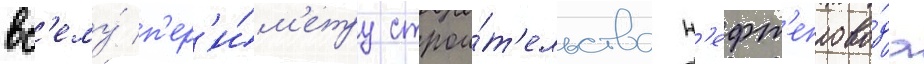
вс'ему́ п'ер'и́м'етру строи́т'ельства н'ефт'епрово́да